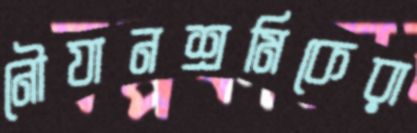
নৌযানশ্রমিকেরা